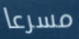
مسرعا